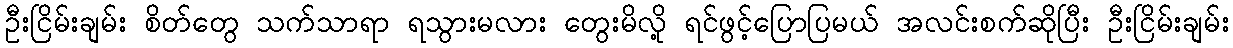
ဦးငြိမ်းချမ်း စိတ်တွေ သက်သာရာ ရသွားမလား တွေးမိလို့ ရင်ဖွင့်ပြောပြမယ် အလင်းစက်ဆိုပြီး ဦးငြိမ်းချမ်း